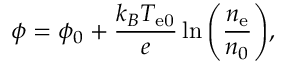
\phi = \phi _ { 0 } + \frac { k _ { B } T _ { \mathrm { e 0 } } } { e } \ln { \left( \frac { n _ { \mathrm { e } } } { n _ { 0 } } \right) } ,